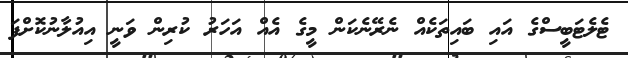
ޓެލެޓަބީސްގެ އައި ބައިތަކެއް ނެރޭނެކަން މީގެ އެއް އަހަރު ކުރިން ވަނީ އިއުލާނުކޮށްފަ